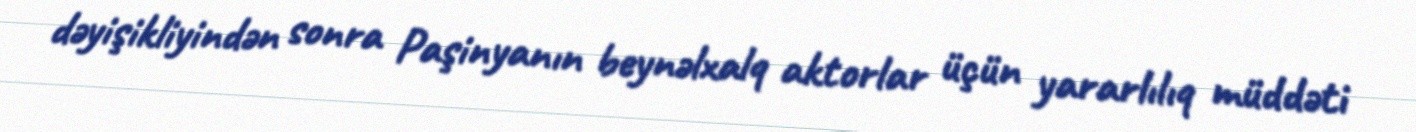
dəyişikliyindən sonra Paşinyanın beynəlxalq aktorlar üçün yararlılıq müddəti